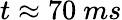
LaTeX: t\approx 70~ms